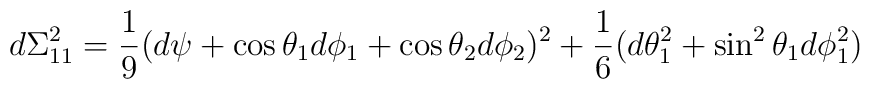
d\Sigma^2_{11} = \frac{1}{9} ( d\psi + \cos \theta_1 d\phi_1 + \cos \theta_2 d\phi_2)^2 + \frac{1}{6}(d\theta_1^2 + \sin^2 \theta_1 d\phi_1^2 )